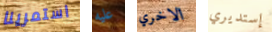
استمرينا عليه الاخري إستديري